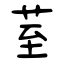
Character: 荎